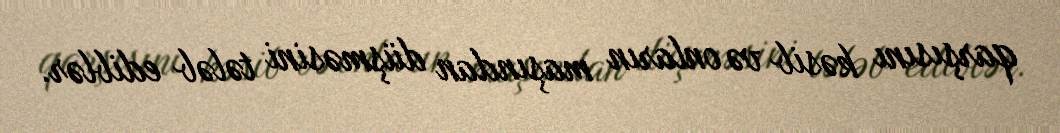
qarşısını kəsib və onların maşından düşməsini tələb ediblər.